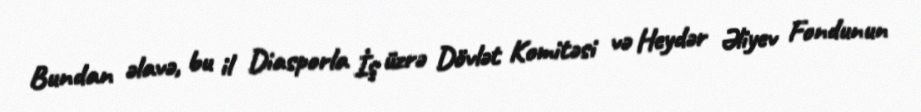
Bundan əlavə, bu il Diasporla İş üzrə Dövlət Komitəsi və Heydər Əliyev Fondunun